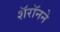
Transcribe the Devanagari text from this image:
शॅरॉनने